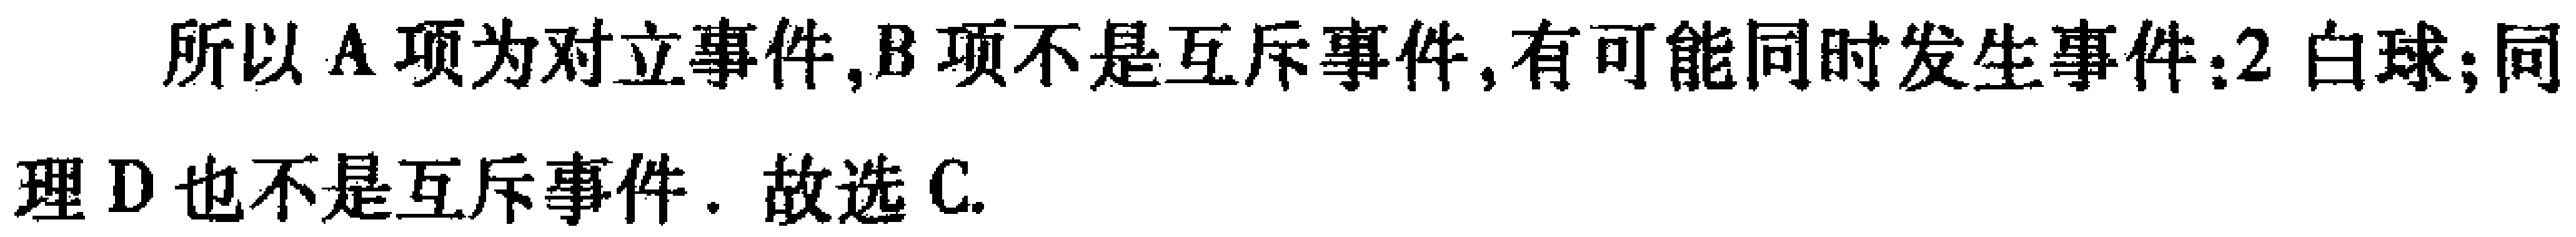
所以A项为对立事件,B项不是互斥事件,有可能同时发生事件：2 白球;;同

理D也不是互斥事件. 故选C.